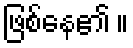
ဖြစ်နေ၏ ။